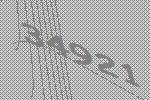
34921